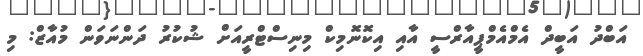
އަބްދު އަބީދް އެމްއެމްޕީއާރްސީ އާއި އިކޮނޮމިކް މިނިސްޓްރީއަށް ޝުކުރު ދަންނަވަން މުއާޒް: މި